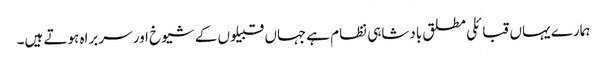
ہمارے یہاں قبائلی مطلق بادشاہی نظام ہےجہاں قبیلوں کے شیوخ اور سربراه ہوتے ہیں۔